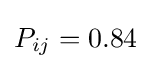
P_{ij}=0.84